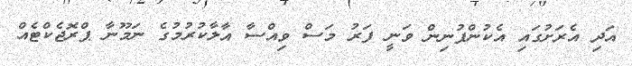
އަދި އެރަށުގައި އެކުންފުނިން ވަނީ ފަރު މަސް ވިއްސާ އާލާކުރުމުގެ ނަމޫނާ ޕްރޮޖެކްޓެއް